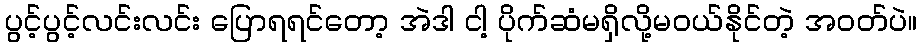
ပွင့်ပွင့်လင်းလင်း ပြောရရင်တော့ အဲဒါ ငါ့ ပိုက်ဆံမရှိလို့မဝယ်နိုင်တဲ့ အဝတ်ပဲ။